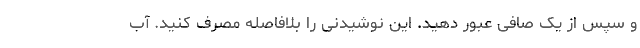
و سپس از یک صافی عبور دهید. این نوشیدنی را بلافاصله مصرف کنید. آب